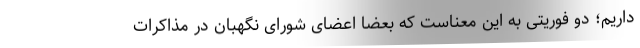
داریم؛ دو فوریتی به این معناست که بعضاً اعضای شورای نگهبان در مذاکرات